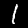
Label: 1